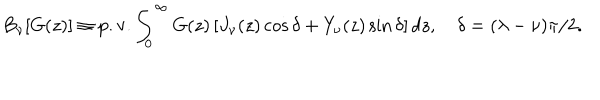
B _ { \nu } [ G ( z ) ] \equiv { \mathrm { p . v . } } \int _ { 0 } ^ { \infty } { G ( z ) \left[ J _ { \nu } ( z ) \cos \delta + Y _ { \nu } ( z ) \sin \delta \right] d z } , \quad \delta = ( \lambda - \nu ) \pi / 2 .